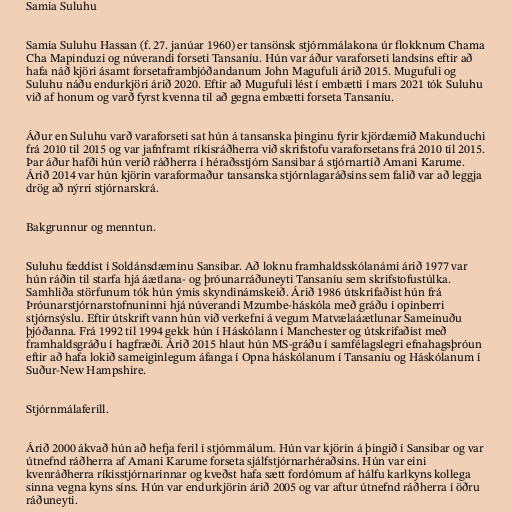
Samia Suluhu

Samia Suluhu Hassan (f. 27. janúar 1960) er tansönsk stjórnmálakona úr flokknum Chama
Cha Mapinduzi og núverandi forseti Tansaníu. Hún var áður varaforseti landsins eftir að
hafa náð kjöri ásamt forsetaframbjóðandanum John Magufuli árið 2015. Mugufuli og
Suluhu náðu endurkjöri árið 2020. Eftir að Mugufuli lést í embætti í mars 2021 tók Suluhu
við af honum og varð fyrst kvenna til að gegna embætti forseta Tansaníu.

Áður en Suluhu varð varaforseti sat hún á tansanska þinginu fyrir kjördæmið Makunduchi
frá 2010 til 2015 og var jafnframt ríkisráðherra við skrifstofu varaforsetans frá 2010 til 2015.
Þar áður hafði hún verið ráðherra í héraðsstjórn Sansibar á stjórnartíð Amani Karume.
Árið 2014 var hún kjörin varaformaður tansanska stjórnlagaráðsins sem falið var að leggja
drög að nýrri stjórnarskrá.

Bakgrunnur og menntun.

Suluhu fæddist í Soldánsdæminu Sansibar. Að loknu framhaldsskólanámi árið 1977 var
hún ráðin til starfa hjá áætlana- og þróunarráðuneyti Tansaníu sem skrifstofustúlka.
Samhliða störfunum tók hún ýmis skyndinámskeið. Árið 1986 útskrifaðist hún frá
Þróunarstjórnarstofnuninni hjá núverandi Mzumbe-háskóla með gráðu í opinberri
stjórnsýslu. Eftir útskrift vann hún við verkefni á vegum Matvælaáætlunar Sameinuðu
þjóðanna. Frá 1992 til 1994 gekk hún í Háskólann í Manchester og útskrifaðist með
framhaldsgráðu í hagfræði. Árið 2015 hlaut hún MS-gráðu í samfélagslegri efnahagsþróun
eftir að hafa lokið sameiginlegum áfanga í Opna háskólanum í Tansaníu og Háskólanum í
Suður-New Hampshire.

Stjórnmálaferill.

Árið 2000 ákvað hún að hefja feril í stjórnmálum. Hún var kjörin á þingið í Sansibar og var
útnefnd ráðherra af Amani Karume forseta sjálfstjórnarhéraðsins. Hún var eini
kvenráðherra ríkisstjórnarinnar og kveðst hafa sætt fordómum af hálfu karlkyns kollega
sinna vegna kyns síns. Hún var endurkjörin árið 2005 og var aftur útnefnd ráðherra í öðru
ráðuneyti.